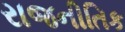
રાજનીતિક